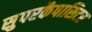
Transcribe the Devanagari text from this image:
सुपरकैपासिटर